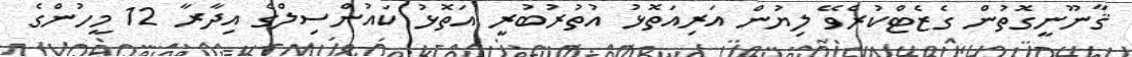
ޤާނޫނީގޮތުން ގެޒެޓްކުރެވޭ ލިޔުން އަރިއަތޮޅު އުތުރުބުރީ އަތޮޅު ކައުންސިލްގެ އިދާރާ 12 މީހުންގެ